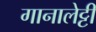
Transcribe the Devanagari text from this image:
गानालेट्टी